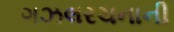
ગઝલરચનાની